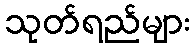
သုတ်ရည်များ